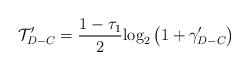
LaTeX: \begin{align*}{{\mathcal T}_{D - C}^\prime} = \frac{{1-\tau_1 }}{2}{\log _2}\left( {1 + {\gamma _{D - C}^\prime}} \right)\end{align*}